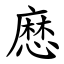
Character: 㦄